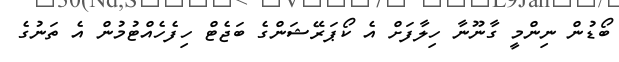
ބޯޑުން ނިންމީ ގާނޫނާ ހިލާފަށް އެ ކޯޕަރޭޝަންގެ ބަޖެޓް ހިފެހެއްޓުމުން އެ ތަނުގެ